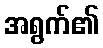
အရွက်၏